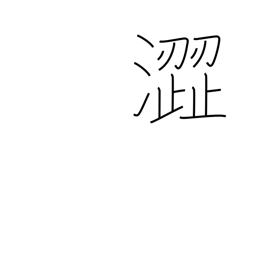
Meaning: harsh